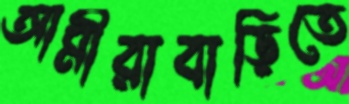
আমীরাবাড়িতে